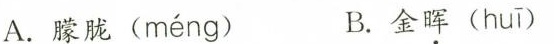
A.朦胧( méng ) B.金晖( huī )